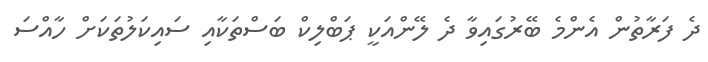
ދެ ފަރާތުން އެންމެ ބޭރުގައިވާ ދެ ލޭންއަކީ ޕަބްލިކް ބަސްތަކާއި ސައިކަލުތަކަށް ހާއްސަ